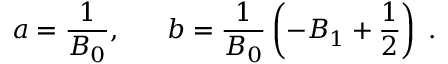
a = \frac { 1 } { B _ { 0 } } , \; \; \; \; \; \; b = \frac { 1 } { B _ { 0 } } \left( - B _ { 1 } + \frac { 1 } { 2 } \right) \; .